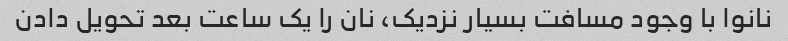
نانوا با وجود مسافت بسیار نزدیک، نان را یک ساعت بعد تحویل دادن